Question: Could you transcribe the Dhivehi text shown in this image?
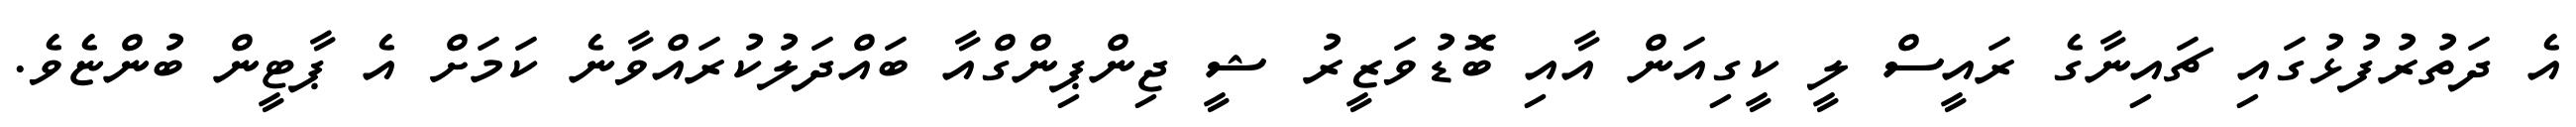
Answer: އެ ދަތުރުފުޅުގައި ޗައިނާގެ ރައީސް ލީ ކީގިއަން އާއި ބޮޑުވަޒީރު ޝީ ޖިންޕިންގްއާ ބައްދަލުކުރައްވާނެ ކަމަށް އެ ޕާޓީން ބުންޏެވެ.